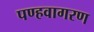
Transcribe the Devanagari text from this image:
पण्हवागरण